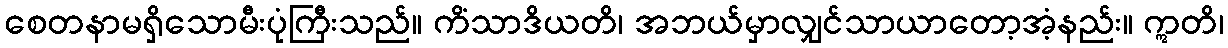
စေတနာမရှိသောမီးပုံကြီးသည်။ ကိံသာဒိယတိ၊ အဘယ်မှာလျှင်သာယာတော့အံ့နည်း။ ဣတိ၊